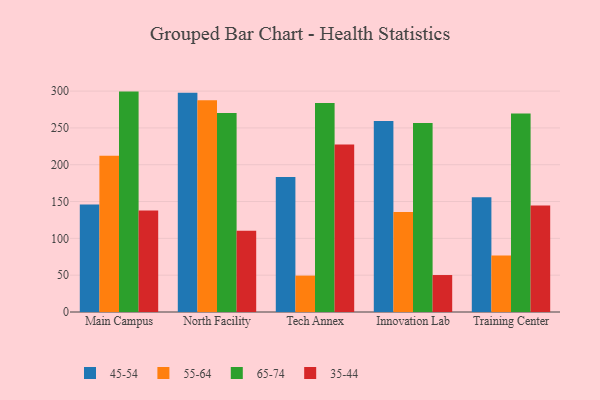
{"axis": {"x": "Campus", "y": "Population (Million)"}, "legend": ["35-44", "45-54", "55-64", "65-74"], "data": [{"x": "Main Campus", "y": 146.1, "type": "45-54"}, {"x": "Main Campus", "y": 212.2, "type": "55-64"}, {"x": "Main Campus", "y": 299.3, "type": "65-74"}, {"x": "Main Campus", "y": 137.9, "type": "35-44"}, {"x": "North Facility", "y": 297.6, "type": "45-54"}, {"x": "North Facility", "y": 287.6, "type": "55-64"}, {"x": "North Facility", "y": 270.3, "type": "65-74"}, {"x": "North Facility", "y": 110.4, "type": "35-44"}, {"x": "Tech Annex", "y": 183.2, "type": "45-54"}, {"x": "Tech Annex", "y": 49.4, "type": "55-64"}, {"x": "Tech Annex", "y": 283.7, "type": "65-74"}, {"x": "Tech Annex", "y": 227.3, "type": "35-44"}, {"x": "Innovation Lab", "y": 259.3, "type": "45-54"}, {"x": "Innovation Lab", "y": 135.7, "type": "55-64"}, {"x": "Innovation Lab", "y": 256.6, "type": "65-74"}, {"x": "Innovation Lab", "y": 50.2, "type": "35-44"}, {"x": "Training Center", "y": 155.8, "type": "45-54"}, {"x": "Training Center", "y": 76.8, "type": "55-64"}, {"x": "Training Center", "y": 269.6, "type": "65-74"}, {"x": "Training Center", "y": 144.5, "type": "35-44"}]}